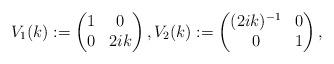
LaTeX: \begin{align*}V_1(k):=\begin{pmatrix}1 & 0 \\0 & 2ik\end{pmatrix},V_2(k):=\begin{pmatrix}(2ik)^{-1} & 0 \\0 & 1\end{pmatrix},\end{align*}